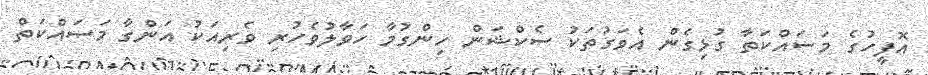
އޮފީހުގެ މަސައްކަތާ ގުޅިގެން އެވަގުތަކު ސެކްޝަން ހިންގުމާ ހަވާލުވެހުރި ވެރިއަކު އަންގާ މަސައްކަތް